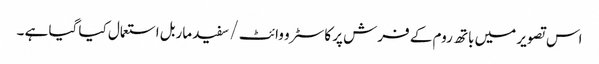
اس تصویر میں باتھ روم کے فرش پر کاسٹرو وائٹ / سفید ماربل استعمال کیا گیا ہے ۔